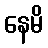
နေမိ